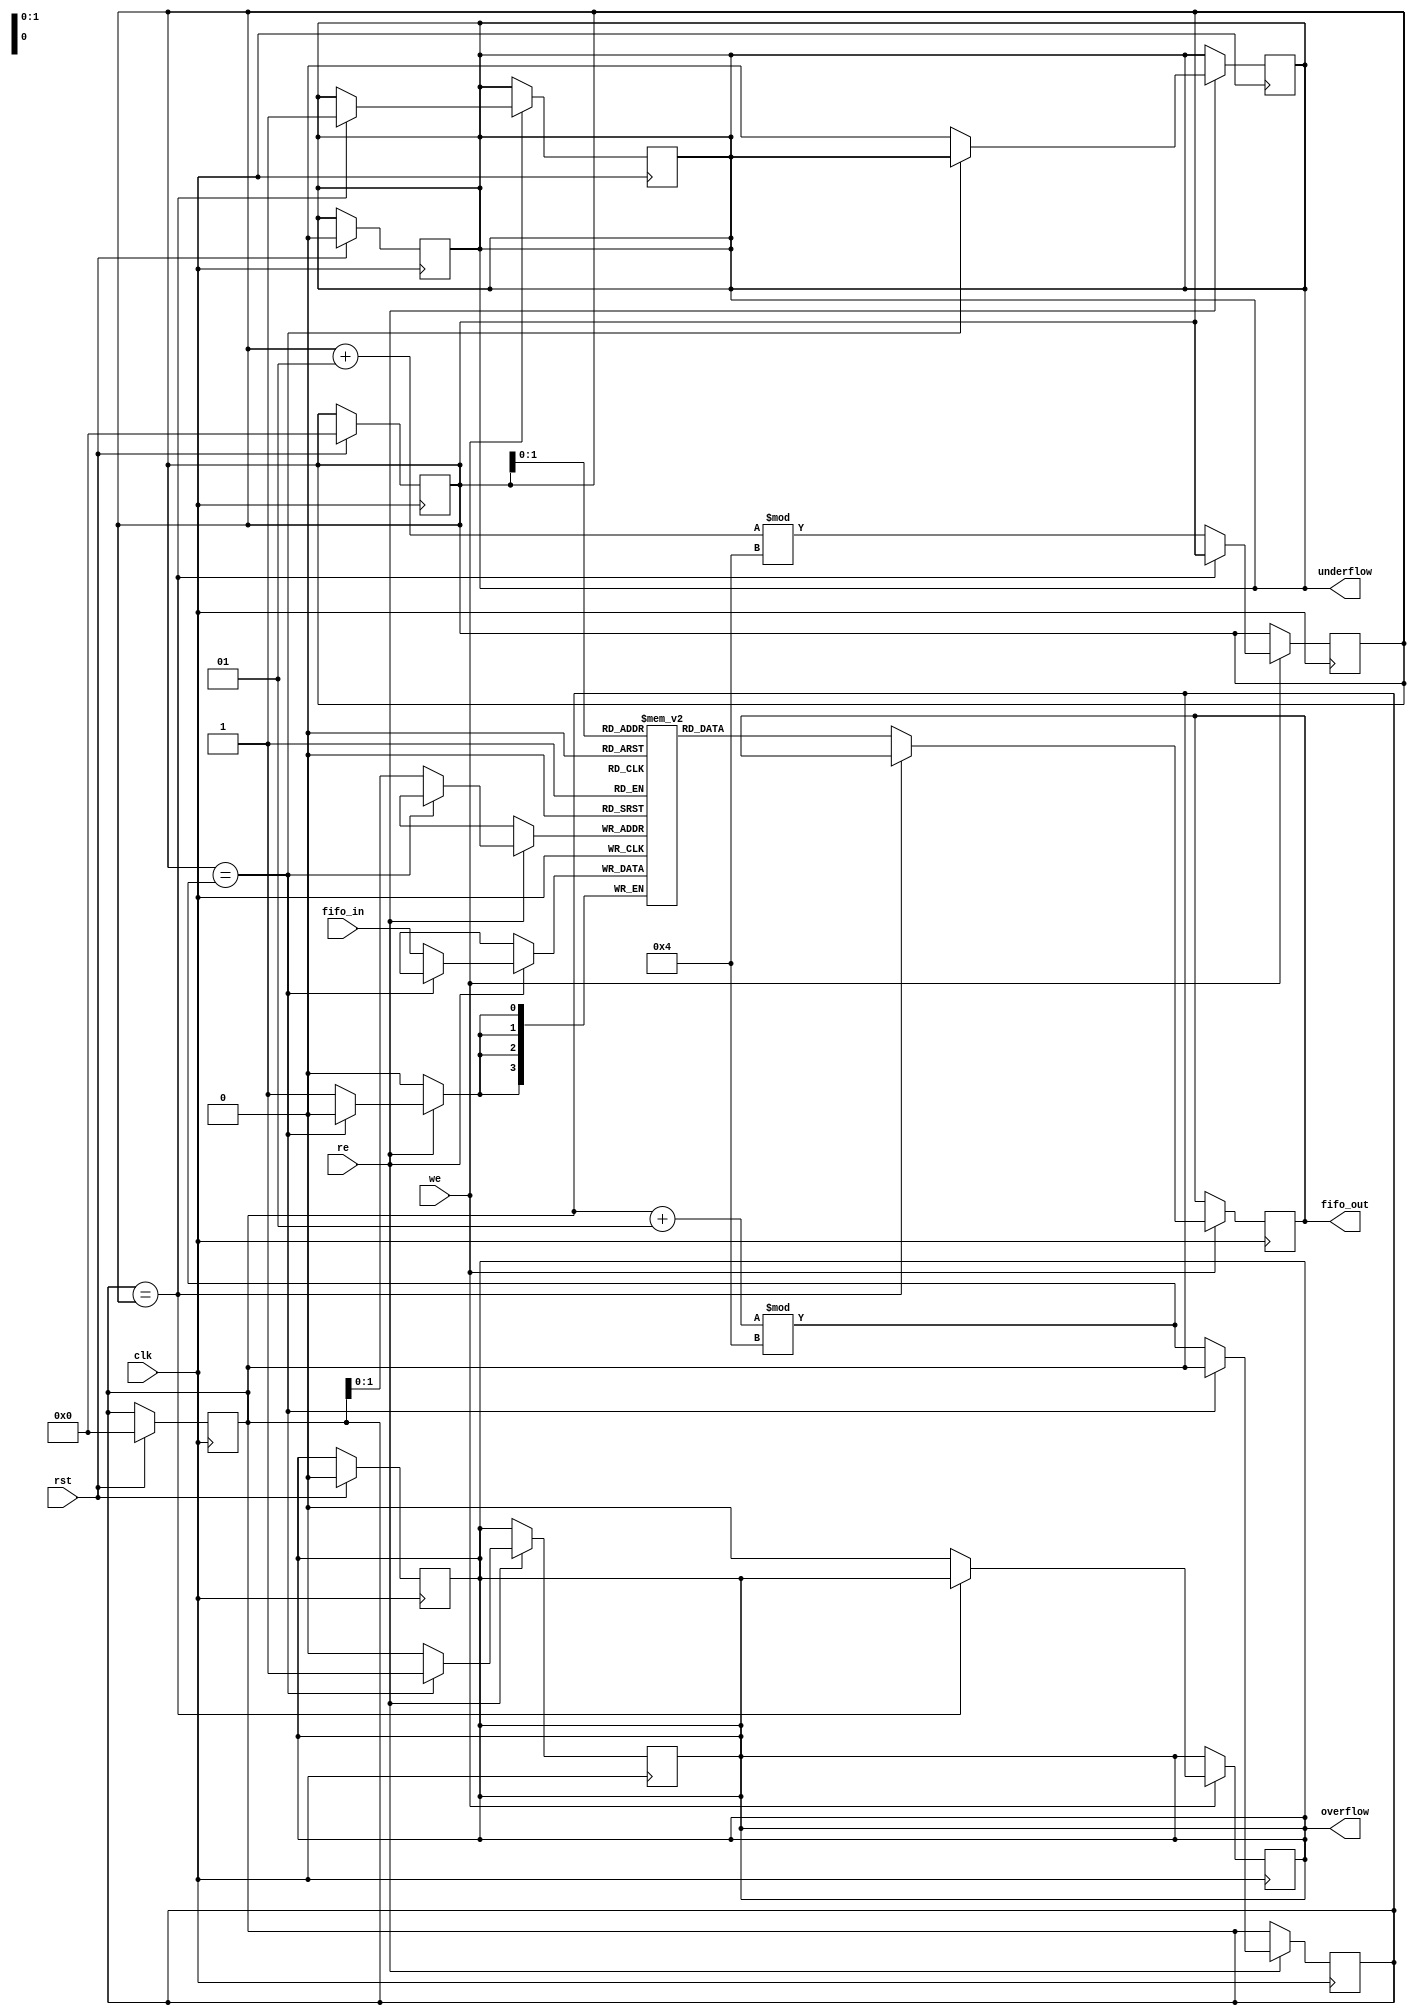
`timescale 1ns/1ps

module fifo(
		fifo_out,
		overflow,
		underflow,
		fifo_in,
		re,
		we,
		clk,
		rst,
);

parameter data_width = 4;
parameter addr_width = 4;

input [data_width - 1:0] fifo_in;
input re;
input we;
input clk;
input rst;

output reg [data_width - 1:0] fifo_out;
output reg overflow;
output reg underflow;

reg [data_width - 1:0] fifo_memory [0:addr_width - 1];

integer inPtr; 
integer outPtr;

always @(posedge clk) begin
	if(rst) begin
		overflow <= 0;
		underflow <= 0;
		inPtr <= 0;
		outPtr <= 0;
	end
end

always @(posedge clk) begin
	if(re) begin
		if(outPtr == ((inPtr + 1) % addr_width)) begin
			$display("FIFO is full");
			overflow <= 1'b1;
		end
		else begin
			fifo_memory[inPtr] <= fifo_in;
			inPtr <= (inPtr + 1)%(addr_width);
			overflow <= 1'b0;
			$display("Inserted at : %d",inPtr);
			underflow <= 1'b0;			
		end
		$display("\n");	
	end
end

always @(posedge clk) begin
	if(we) begin
		if ((inPtr == outPtr)) begin
			$display("FIFO is Empty");
			underflow <= 1'b1;
		end
		else begin
			fifo_out <= fifo_memory[outPtr];
			outPtr <= (outPtr + 1)%(addr_width);
			$display("Element is : %d",fifo_out);
			overflow <= 1'b0; 
		end
		$display("\n");	
	end
end

endmodule